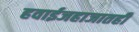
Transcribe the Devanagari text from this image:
हवाईजहाजातही